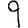
Digit: 9